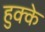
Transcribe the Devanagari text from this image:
हुक्‍के